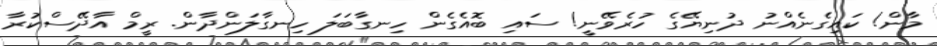
މާން! ކައިގެނެއްނު ދުނިޔޭގެ ހުރެވޭނީ! ސައި ބޮއެގެން ހިނގާބަލަ ހިނގާލަންދާން. ރީމް އާދޭސްކުރާ